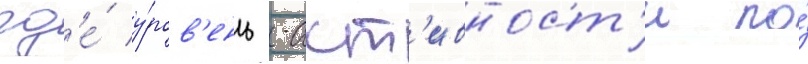
гд'е́ у́ров'ень -акт'ивност'и по́